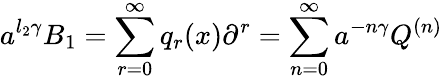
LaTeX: a^{l_{2}\gamma}B_{1}=\sum_{r=0}^{\infty}q_{r}(x)\partial^{r}=\sum_{n=0}^{\infty}a^{-n\gamma}Q^{(n)}